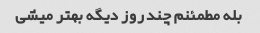
بله مطمئنم چند روز دیگه بهتر میشی